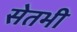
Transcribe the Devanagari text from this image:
सेतभी